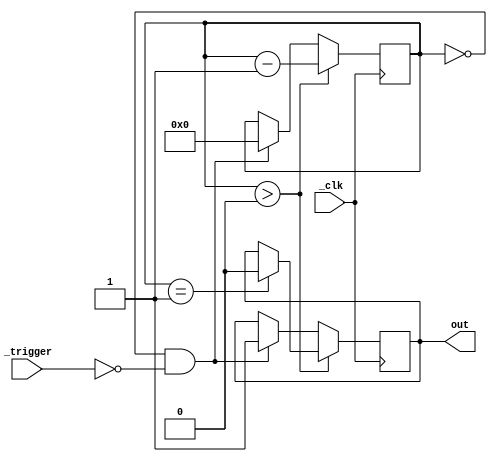
/*
  MIT License

  Copyright (c) 2019 Richard Eng

  Permission is hereby granted, free of charge, to any person obtaining a copy
  of this software and associated documentation files (the "Software"), to deal
  in the Software without restriction, including without limitation the rights
  to use, copy, modify, merge, publish, distribute, sublicense, and/or sell
  copies of the Software, and to permit persons to whom the Software is
  furnished to do so, subject to the following conditions:

  The above copyright notice and this permission notice shall be included in all
  copies or substantial portions of the Software.

  THE SOFTWARE IS PROVIDED "AS IS", WITHOUT WARRANTY OF ANY KIND, EXPRESS OR
  IMPLIED, INCLUDING BUT NOT LIMITED TO THE WARRANTIES OF MERCHANTABILITY,
  FITNESS FOR A PARTICULAR PURPOSE AND NONINFRINGEMENT. IN NO EVENT SHALL THE
  AUTHORS OR COPYRIGHT HOLDERS BE LIABLE FOR ANY CLAIM, DAMAGES OR OTHER
  LIABILITY, WHETHER IN AN ACTION OF CONTRACT, TORT OR OTHERWISE, ARISING FROM,
  OUT OF OR IN CONNECTION WITH THE SOFTWARE OR THE USE OR OTHER DEALINGS IN THE
  SOFTWARE.
*/

/*
  Pong - Single Shot Timer
  Simple emulation of an analogue 555 timer
  -----------------------------------------
*/
`default_nettype none

module timer
#(
	parameter CLK_FREQ 		= 0,
	parameter DURATION_MS 	= 0
)
(
    input wire  _clk, _trigger,
    output reg  out
);

localparam TIMEOUT = (CLK_FREQ / 1000) * DURATION_MS;

reg [31:0] counter;

initial counter = 32'd0;

always @(negedge _clk) begin
    if (counter > 0) begin
        counter <= counter - 32'd1;
        if (counter == 32'd1) begin
            out <= 1'b0;
        end
    end else if (counter == 32'd0 && !_trigger) begin
        counter <= TIMEOUT;
        out <= 1'b1;
    end
end

endmodule